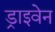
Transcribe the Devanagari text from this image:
ड्राइवेन